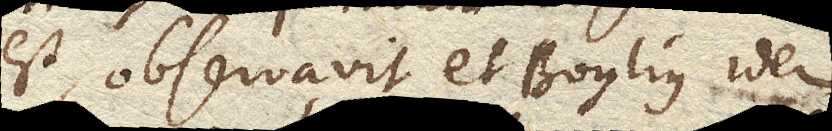
est, observavit et Boylius idem